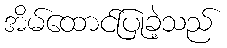
အိမ်ထောင်ပြုခဲ့သည်